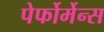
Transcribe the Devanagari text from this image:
पेर्फोर्मेन्स